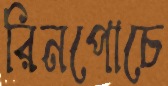
রিনপোচে